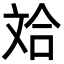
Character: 𪯤